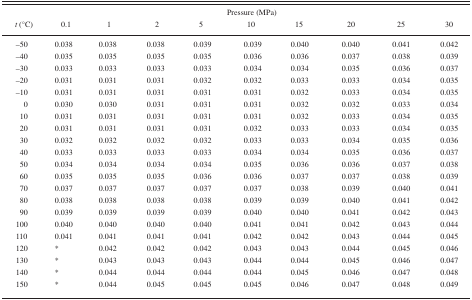
<table><thead><tr><td rowspan="2"><b><i>t</i> (°C)</b></td><td rowspan="2"><b>0.1</b></td><td colspan="8"><b>Pressure (MPa)</b></td></tr><tr><td><b>1</b></td><td><b>2</b></td><td><b>5</b></td><td><b>10</b></td><td><b>15</b></td><td><b>20</b></td><td><b>25</b></td><td><b>30</b></td></tr></thead><tbody><tr><td>−50</td><td>0.038</td><td>0.038</td><td>0.038</td><td>0.039</td><td>0.039</td><td>0.040</td><td>0.040</td><td>0.041</td><td>0.042</td></tr><tr><td>−40</td><td>0.035</td><td>0.035</td><td>0.035</td><td>0.035</td><td>0.036</td><td>0.036</td><td>0.037</td><td>0.038</td><td>0.039</td></tr><tr><td>−30</td><td>0.033</td><td>0.033</td><td>0.033</td><td>0.033</td><td>0.034</td><td>0.034</td><td>0.035</td><td>0.036</td><td>0.037</td></tr><tr><td>−20</td><td>0.031</td><td>0.031</td><td>0.031</td><td>0.032</td><td>0.032</td><td>0.033</td><td>0.033</td><td>0.034</td><td>0.035</td></tr><tr><td>−10</td><td>0.031</td><td>0.031</td><td>0.031</td><td>0.031</td><td>0.031</td><td>0.032</td><td>0.033</td><td>0.034</td><td>0.035</td></tr><tr><td> 0</td><td>0.030</td><td>0.030</td><td>0.031</td><td>0.031</td><td>0.031</td><td>0.032</td><td>0.032</td><td>0.033</td><td>0.034</td></tr><tr><td>10</td><td>0.031</td><td>0.031</td><td>0.031</td><td>0.031</td><td>0.031</td><td>0.032</td><td>0.033</td><td>0.034</td><td>0.035</td></tr><tr><td>20</td><td>0.031</td><td>0.031</td><td>0.031</td><td>0.031</td><td>0.032</td><td>0.033</td><td>0.033</td><td>0.034</td><td>0.035</td></tr><tr><td>30</td><td>0.032</td><td>0.032</td><td>0.032</td><td>0.032</td><td>0.033</td><td>0.033</td><td>0.034</td><td>0.035</td><td>0.036</td></tr><tr><td>40</td><td>0.033</td><td>0.033</td><td>0.033</td><td>0.033</td><td>0.034</td><td>0.034</td><td>0.035</td><td>0.036</td><td>0.037</td></tr><tr><td>50</td><td>0.034</td><td>0.034</td><td>0.034</td><td>0.034</td><td>0.035</td><td>0.036</td><td>0.036</td><td>0.037</td><td>0.038</td></tr><tr><td>60</td><td>0.035</td><td>0.035</td><td>0.035</td><td>0.036</td><td>0.036</td><td>0.037</td><td>0.037</td><td>0.038</td><td>0.039</td></tr><tr><td>70</td><td>0.037</td><td>0.037</td><td>0.037</td><td>0.037</td><td>0.037</td><td>0.038</td><td>0.039</td><td>0.040</td><td>0.041</td></tr><tr><td>80</td><td>0.038</td><td>0.038</td><td>0.038</td><td>0.038</td><td>0.039</td><td>0.039</td><td>0.040</td><td>0.041</td><td>0.042</td></tr><tr><td>90</td><td>0.039</td><td>0.039</td><td>0.039</td><td>0.039</td><td>0.040</td><td>0.040</td><td>0.041</td><td>0.042</td><td>0.043</td></tr><tr><td>100</td><td>0.040</td><td>0.040</td><td>0.040</td><td>0.040</td><td>0.041</td><td>0.041</td><td>0.042</td><td>0.043</td><td>0.044</td></tr><tr><td>110</td><td>0.041</td><td>0.041</td><td>0.041</td><td>0.041</td><td>0.042</td><td>0.042</td><td>0.043</td><td>0.044</td><td>0.045</td></tr><tr><td>120</td><td>*</td><td>0.042</td><td>0.042</td><td>0.042</td><td>0.043</td><td>0.043</td><td>0.044</td><td>0.045</td><td>0.046</td></tr><tr><td>130</td><td>*</td><td>0.043</td><td>0.043</td><td>0.043</td><td>0.044</td><td>0.044</td><td>0.045</td><td>0.046</td><td>0.047</td></tr><tr><td>140</td><td>*</td><td>0.044</td><td>0.044</td><td>0.044</td><td>0.044</td><td>0.045</td><td>0.046</td><td>0.047</td><td>0.048</td></tr><tr><td>150</td><td>*</td><td>0.044</td><td>0.045</td><td>0.045</td><td>0.045</td><td>0.046</td><td>0.047</td><td>0.048</td><td>0.049</td></tr></tbody></table>